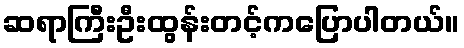
ဆရာကြီးဦးထွန်းတင့်ကပြောပါတယ်။